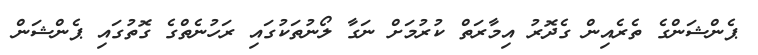
ޕެންޝަންގެ ތެރެއިން ގެދޮރު އިމާރަތް ކުރުމަށް ނަގާ ލޯނުތަކުގައި ރަހުނެތްގެ ގޮތުގައި ޕެންޝަން